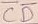
Text: CD